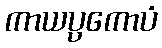
ကာယပ္ပကောပံ